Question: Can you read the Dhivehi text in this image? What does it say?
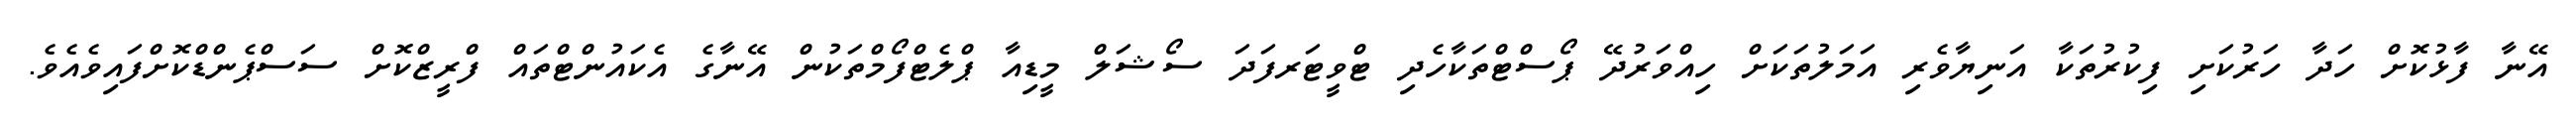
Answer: އޭނާ ފާޅުކޮށް ހަދާ ހަރުކަށި ފިކުރުތަކާ އަނިޔާވެރި އަމަލުތަކަށް ހިއްވަރުދޭ ޕޯސްޓްތަކާހެދި ޓްވީޓަރފަދަ ސޯޝަލް މީޑިއާ ޕްލެޓްފޯމްތަކުން އޭނާގެ އެކައުންޓްތައް ފްރީޒްކޮށް ސަސްޕެންޑްކޮށްފައިވެއެވެ.